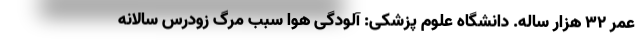
عمر 32 هزار ساله. دانشگاه علوم پزشکی: آلودگی هوا سبب مرگ زودرس سالانه